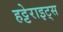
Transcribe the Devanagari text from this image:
हट्टेराइट्स